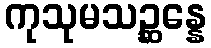
ကုသုမသဉ္ဆန္နေ